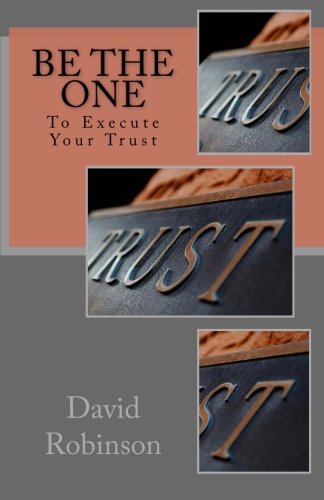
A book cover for Be The One: To Execute Your Trust; David E. Robinson; Law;